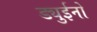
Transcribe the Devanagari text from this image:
ड्युईनो